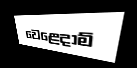
වෙළෙදාම්